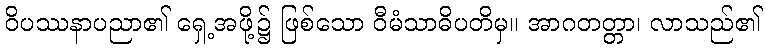
ဝိပဿနာပညာ၏ ရှေ့အဖို့၌ ဖြစ်သော ဝီမံသာဓိပတိမှ။ အာဂတတ္တာ၊ လာသည်၏